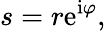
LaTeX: s=r\mathrm{e}^{\mathrm{i}\varphi},